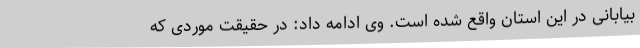
بیابانی در این استان واقع شده است. وی ادامه داد: در حقیقت موردی که